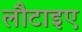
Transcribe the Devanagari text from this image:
लौटाइए